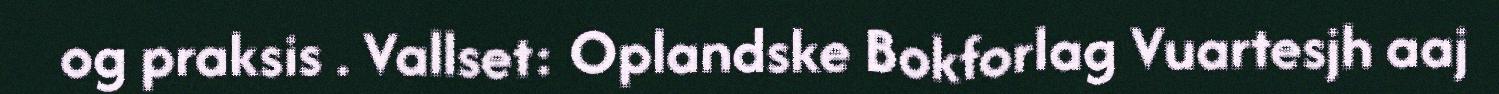
og praksis . Vallset: Oplandske Bokforlag Vuartesjh aaj